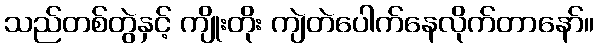
သည်တစ်တွဲနှင့် ကျိုးတိုး ကျဲတဲပေါက်နေလိုက်တာနော်။